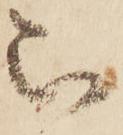
被